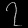
Digit: ၇